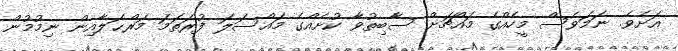
އަށެވެ. ނަމަވެސް މީހެއްގެ މައްޗަށް ސާބިތުވާ ކުށެއްގެ މައްސަލަ ފުރަތަމަ މަރްޙަލާއިން ނިމުމުން